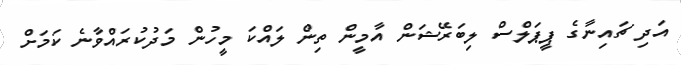
އަދި ޗައިނާގެ ޕީޕަލްސް ލިބަރޭޝަން އާމީން ތިން ލައްކަ މީހުން މަދުކުރައްވާނެ ކަމަށް